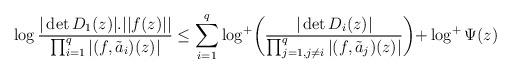
LaTeX: \begin{align*}\log\dfrac{|\det D_1(z)|.||f(z)||}{\prod_{i=1}^{q}|(f,\tilde a_i)(z)|} \le\sum_{i=1}^{q}\log^+\biggl(\dfrac{|\det D_i(z)|}{\prod_{j=1,j\ne i}^{q}|(f,\tilde a_j)(z)|}\biggl)+\log^+ \Psi (z)\end{align*}